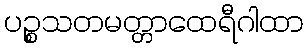
ပဉ္စသတမတ္တာထေရီဂါထာ